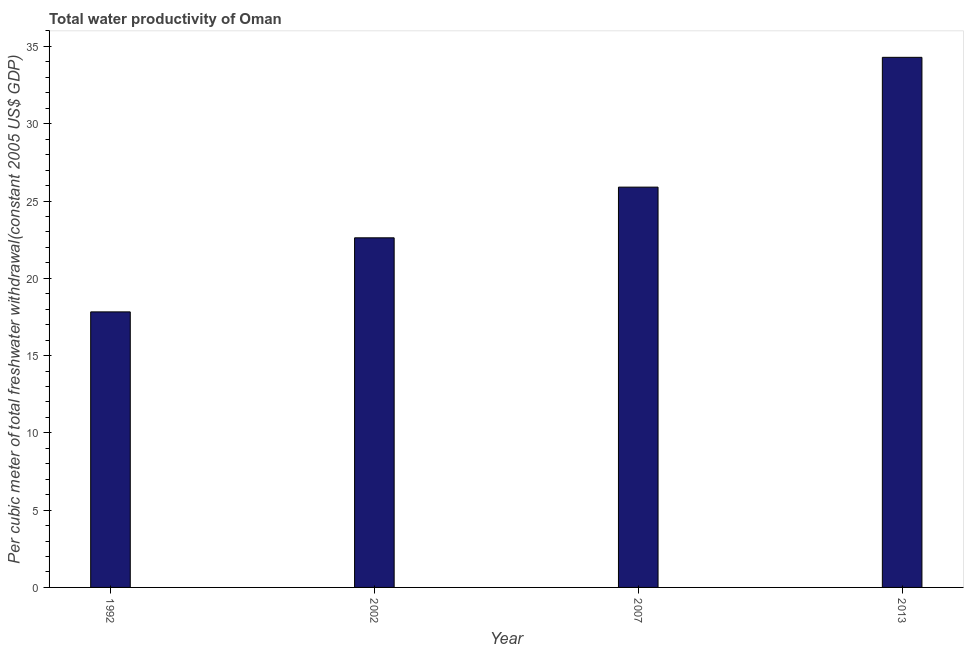
| Year | Water productivity |
 | --- | --- |
 | 1992 | 17.8 |
 | 2002 | 22.6 |
 | 2007 | 25.9 |
 | 2013 | 34.3 |